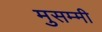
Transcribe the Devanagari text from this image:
मुसम्मी